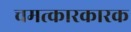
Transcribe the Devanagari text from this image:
चमत्कारकारक